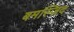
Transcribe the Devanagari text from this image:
बमस्जिद